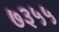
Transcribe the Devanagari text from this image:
७३५५